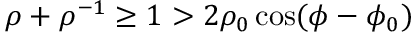
\rho + \rho ^ { - 1 } \ge 1 > 2 \rho _ { 0 } \cos ( \phi - \phi _ { 0 } )